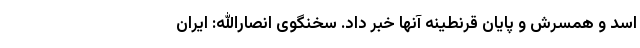
اسد و همسرش و پایان قرنطینه آنها خبر داد. سخنگوی انصارالله: ایران